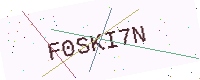
Text: F0SKI7N